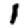
Digit: 1